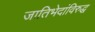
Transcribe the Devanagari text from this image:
जातिभेदांविरुद्ध